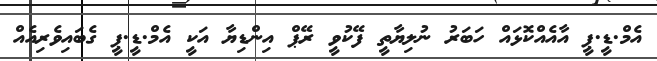
އެމް.ޑީ.ޕީ އާއެއްކޮޅައް ހަބަރު ނުލިޔާތީ ފޭކުވީ ރޭޕް އިންޑިޔާ އަކީ އެމް.ޑީ.ޕީ ގެބައިވެރިއެއް